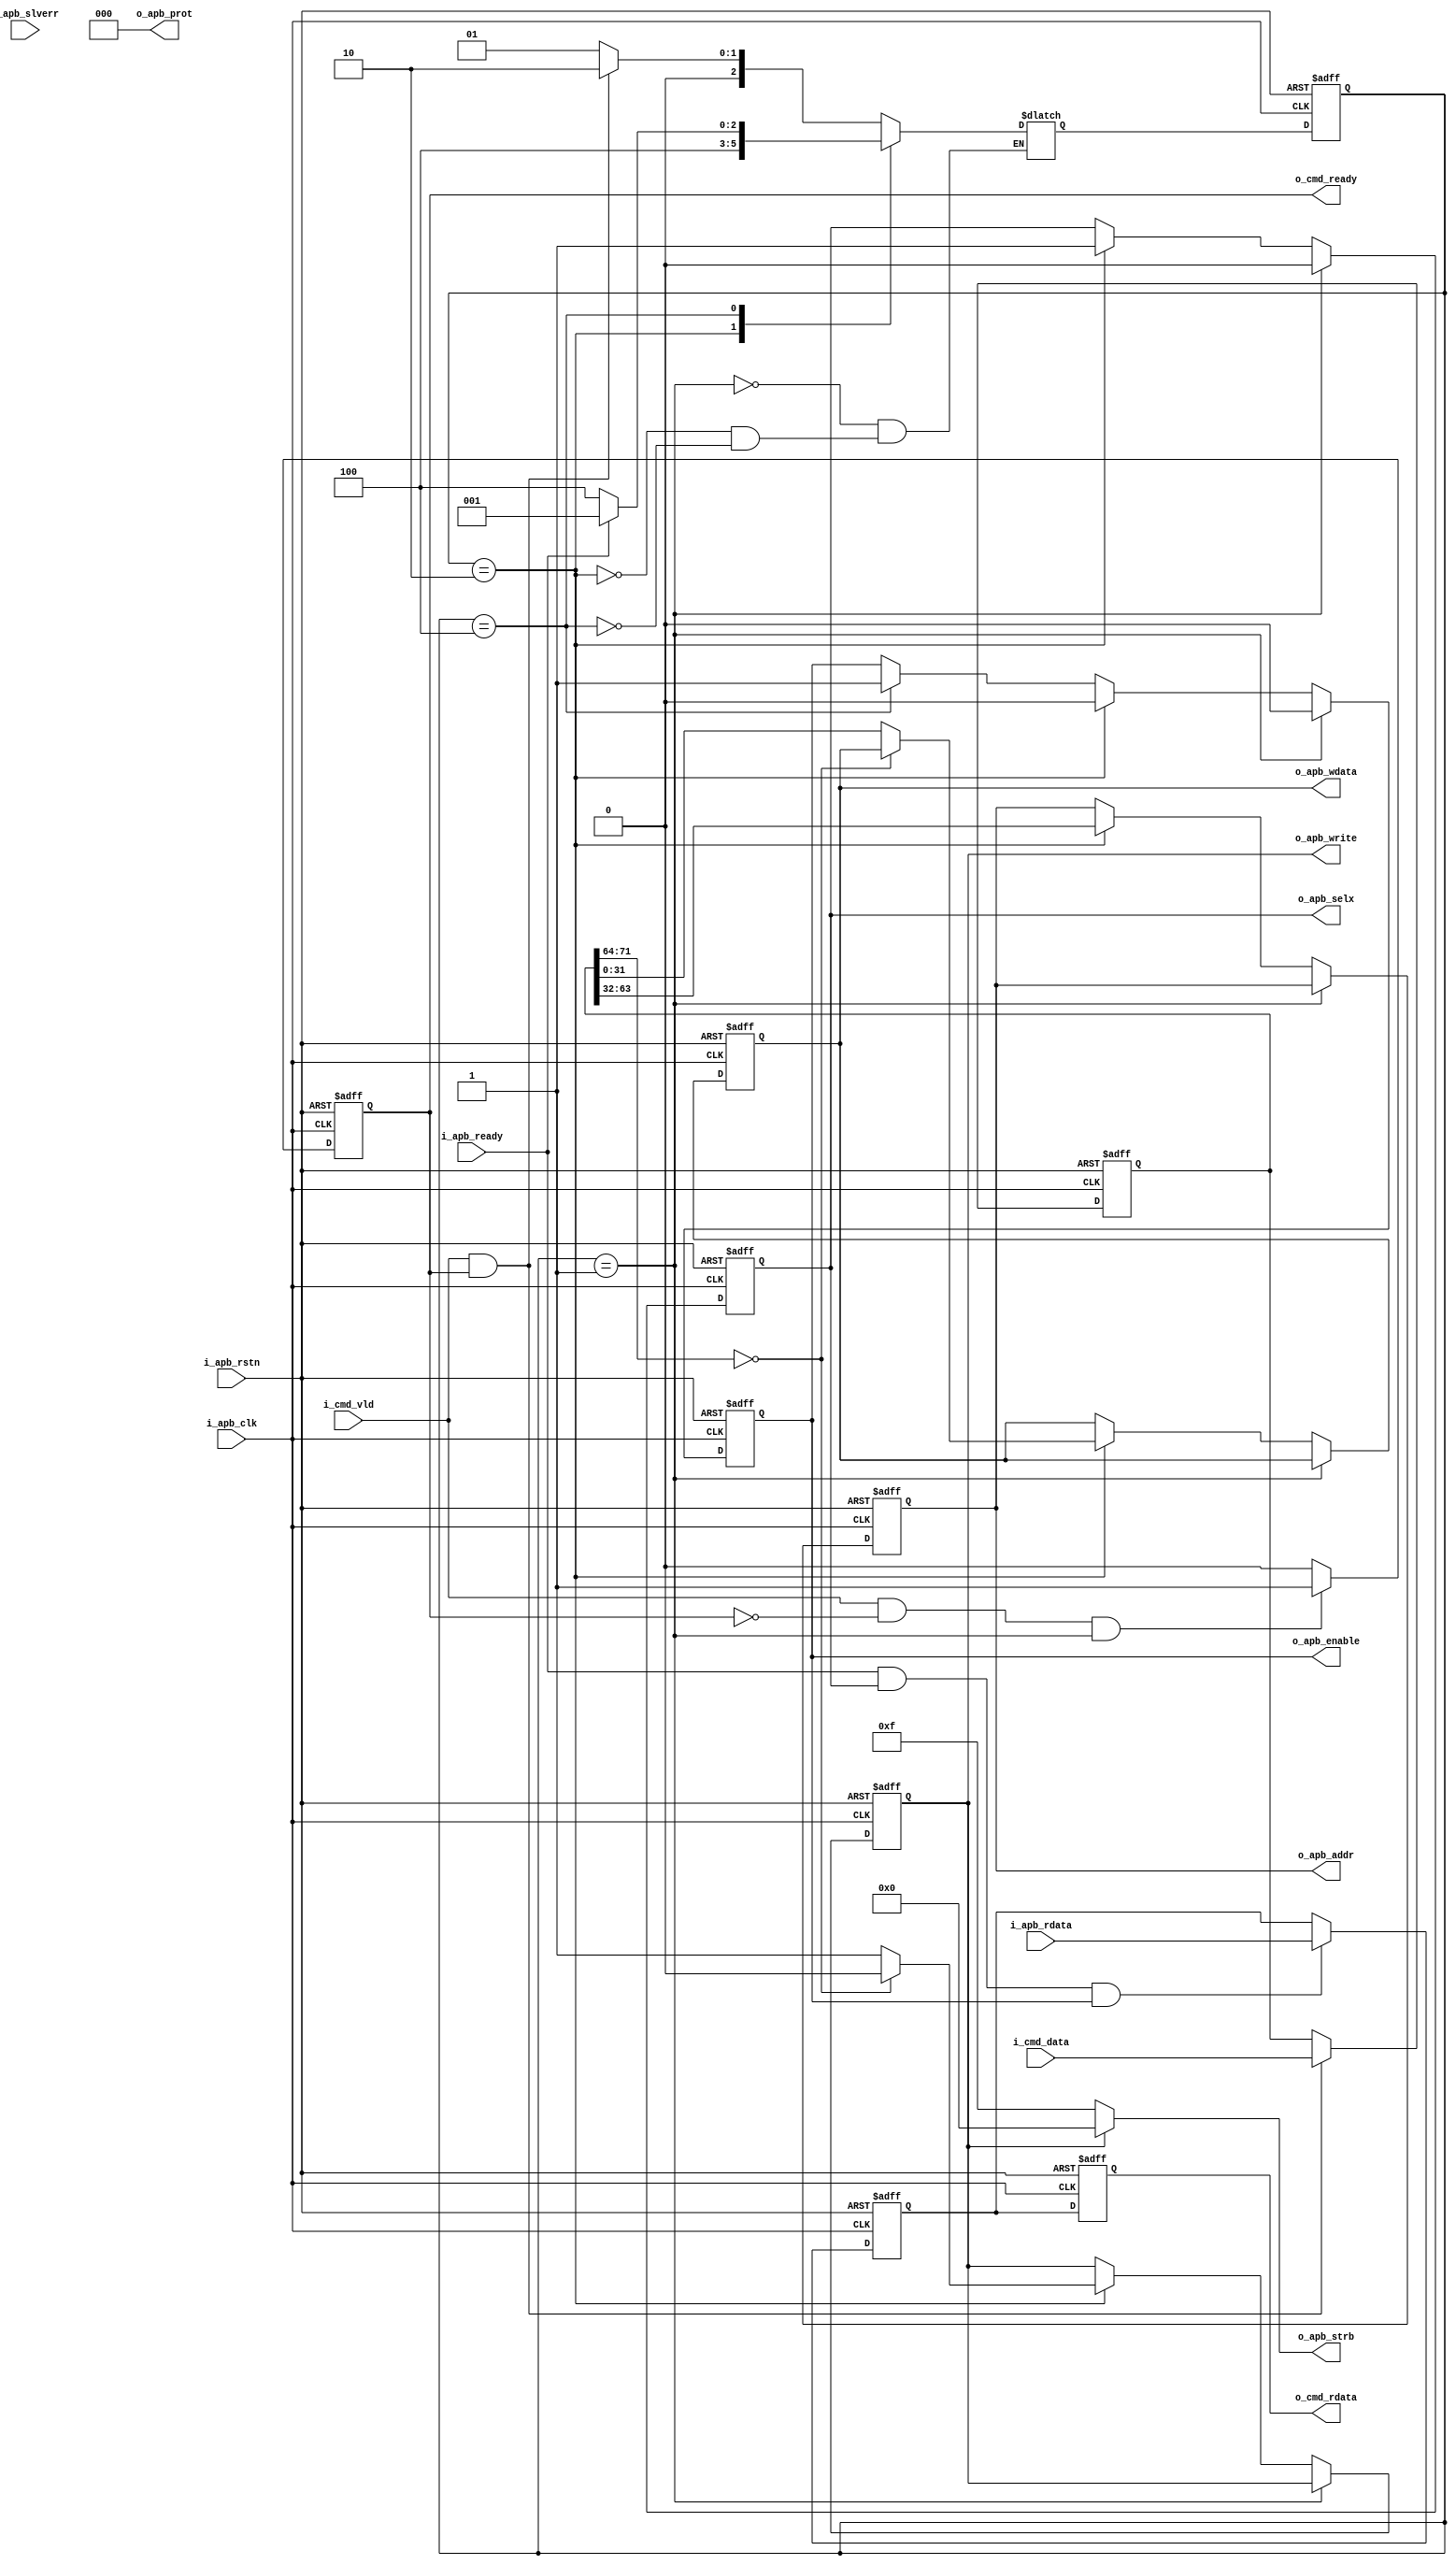
`timescale 1ns / 1ps
//////////////////////////////////////////////////////////////////////////////////
// Company: 
// Engineer: 
// 
// Design Name: 
// Module Name: APB_Master_Core
// Project Name: 
// Target Devices: 
// Tool Versions: 
// Description: 
// 
// Dependencies: 
// 
// Revision:
// Revision 0.01 - File Created
// Additional Comments:
// 
//////////////////////////////////////////////////////////////////////////////////

module APB_Master_Core #(
    parameter APB_DBIT = 32,
    parameter APB_ABIT = 32,
    parameter CMD_DBIT = 8,
    parameter RD_FLAG  = 8'h00,
    parameter WR_FLAG  = 8'hff
) (
    //-- user port
    input                                       i_cmd_vld,
    output reg                                  o_cmd_ready,
    input      [APB_ABIT+APB_DBIT+CMD_DBIT-1:0] i_cmd_data,
    output reg [                  APB_DBIT-1:0] o_cmd_rdata,
    //-- apb if
    output     [                           2:0] o_apb_prot,    //APB4 sign unused  000
    output     [                APB_DBIT/8-1:0] o_apb_strb,    //APB4 sign 
    input                                       i_apb_clk,
    input                                       i_apb_rstn,
    output reg [                  APB_ABIT-1:0] o_apb_addr,
    output reg                                  o_apb_write,
    output reg                                  o_apb_selx,
    output reg                                  o_apb_enable,
    output reg [                  APB_DBIT-1:0] o_apb_wdata,
    input      [                  APB_DBIT-1:0] i_apb_rdata,
    input                                       i_apb_ready,
    input                                       i_apb_slverr
);

  localparam CMD_WIDTH = APB_DBIT + APB_ABIT + CMD_DBIT;
  //-- FSM state
  localparam S_IDLE = 3'b001;
  localparam S_SETUP = 3'b010;
  localparam S_ACCESS = 3'b100;
  //-- current state and next state
  reg [          2:0] cur_state;
  reg [          2:0] nxt_state;

  //-- data buf
  reg [CMD_WIDTH-1:0] cmd_in_buf;
  reg [ APB_DBIT-1:0] cmd_rd_data_buf;
  /*****************************************************************/
  assign o_apb_prot = 3'b000;  //APB4 sign unused  000
  assign o_apb_strb = o_apb_write ? 4'b0000 : 4'b1111;




  always @(posedge i_apb_clk or negedge i_apb_rstn) begin
    if (!i_apb_rstn) begin
      o_cmd_ready <= 1'b0;
    end else if (i_cmd_vld && !o_cmd_ready && cur_state == S_IDLE) o_cmd_ready <= 1'b1;
    else o_cmd_ready <= 1'b0;
  end


  /*****************************************************************/
  /*-----------------------------------------------
 --             update cmd_in_buf              --
-----------------------------------------------*/
  always @(posedge i_apb_clk or negedge i_apb_rstn) begin
    if (!i_apb_rstn) begin
      cmd_in_buf <= {(CMD_WIDTH) {1'b0}};
    end else if (i_cmd_vld && o_cmd_ready) begin
      cmd_in_buf <= i_cmd_data;
    end
  end

  /*-----------------------------------------------
 --           update current state             --
-----------------------------------------------*/
  always @(posedge i_apb_clk or negedge i_apb_rstn) begin
    if (!i_apb_rstn) begin
      cur_state <= S_IDLE;
    end else begin
      cur_state <= nxt_state;
    end
  end
  /*-----------------------------------------------
 --               update next state            --
-----------------------------------------------*/
  always @(*) begin
    case (cur_state)
      S_IDLE:
      if (i_cmd_vld && o_cmd_ready) begin
        nxt_state = S_SETUP;
      end else begin
        nxt_state = S_IDLE;
      end
      S_SETUP: nxt_state = S_ACCESS;
      S_ACCESS:
      if (!i_apb_ready) begin  //-- 
        nxt_state = S_ACCESS;
        // end else if (i_cmd_vld && o_cmd_ready) begin  //-- 
        //   nxt_state = S_SETUP;
        // end else if (!i_cmd_vld && o_cmd_ready) begin  //-- 
        //   nxt_state = S_IDLE;
        // end
      end else begin  //-- 
        nxt_state = S_IDLE;
      end
    endcase
  end

  /*-----------------------------------------------
 --         update signal of output            --
-----------------------------------------------*/
  always @(posedge i_apb_clk or negedge i_apb_rstn) begin
    if (!i_apb_rstn) begin
      o_apb_write  <= 1'b0;
      o_apb_selx   <= 1'b0;
      o_apb_enable <= 1'b0;
      o_apb_addr   <= {(APB_ABIT) {1'b0}};
      o_apb_wdata  <= {(APB_DBIT) {1'b0}};
    end else if (cur_state == S_IDLE) begin
      o_apb_selx   <= 1'b0;
      o_apb_enable <= 1'b0;
    end else if (cur_state == S_SETUP) begin
      o_apb_selx   <= 1'b1;
      o_apb_enable <= 1'b0;
      o_apb_addr   <= cmd_in_buf[CMD_WIDTH-CMD_DBIT-1:APB_DBIT];
      //-- read
      if (cmd_in_buf[CMD_WIDTH-1:CMD_WIDTH-CMD_DBIT] == RD_FLAG) begin
        o_apb_write <= 1'b0;
      end  //-- write
      else begin
        o_apb_write <= 1'b1;
        o_apb_wdata <= cmd_in_buf[APB_DBIT-1:0];
      end
    end else if (cur_state == S_ACCESS) begin
      o_apb_enable <= 1'b1;
    end
  end

  /*-----------------------------------------------
 --            update cmd_rd_data_buf          --
-----------------------------------------------*/
  always @(posedge i_apb_clk or negedge i_apb_rstn) begin
    if (!i_apb_rstn) begin
      cmd_rd_data_buf <= {(APB_DBIT) {1'b0}};
    end else if (i_apb_ready && o_apb_selx && o_apb_enable) begin
      cmd_rd_data_buf <= i_apb_rdata;
    end
  end

  /*-----------------------------------------------
 --            update o_cmd_rdata            --
-----------------------------------------------*/
  always @(posedge i_apb_clk or negedge i_apb_rstn) begin
    if (!i_apb_rstn) begin
      o_cmd_rdata <= {(APB_DBIT) {1'b0}};
    end else begin
      o_cmd_rdata <= cmd_rd_data_buf;
    end
  end

endmodule